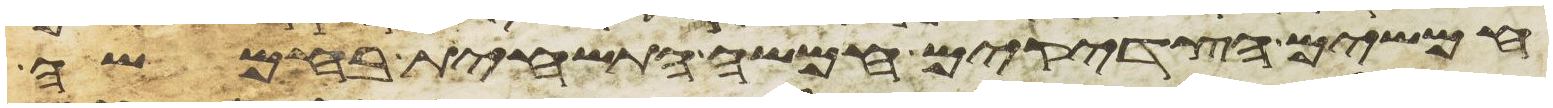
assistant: חמשים הצדקים חמשה התשחית בחמשה